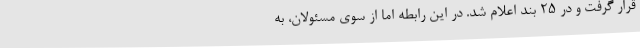
قرار گرفت و در 25 بند اعلام شد. در این رابطه اما از سوی مسئولان، به